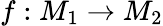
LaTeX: f:M_{1}\to M_{2}